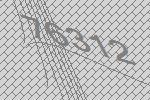
76312